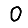
Digit: 0